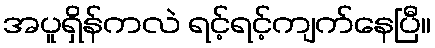
အပူရှိန်ကလဲ ရင့်ရင့်ကျက်နေပြီ။